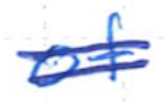
Text: of
Cross-out: mix
Writing tool: ballpoint